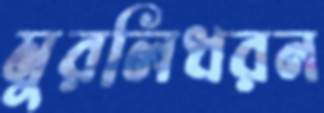
মুরলিধরন